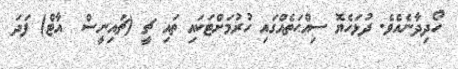
ހޯދިދާނެއެވެ. ދުޅަހެޔޮ ސިއްޙަތެއްގައި ހުރުމަށްޓަކައި ތައި ޗީ (ޗައިނީސް  އާޓް) ފަދަ